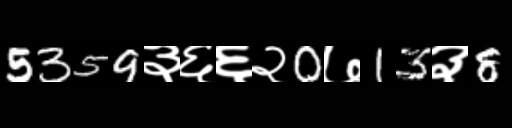
Text: 5359३६६२0७13३8